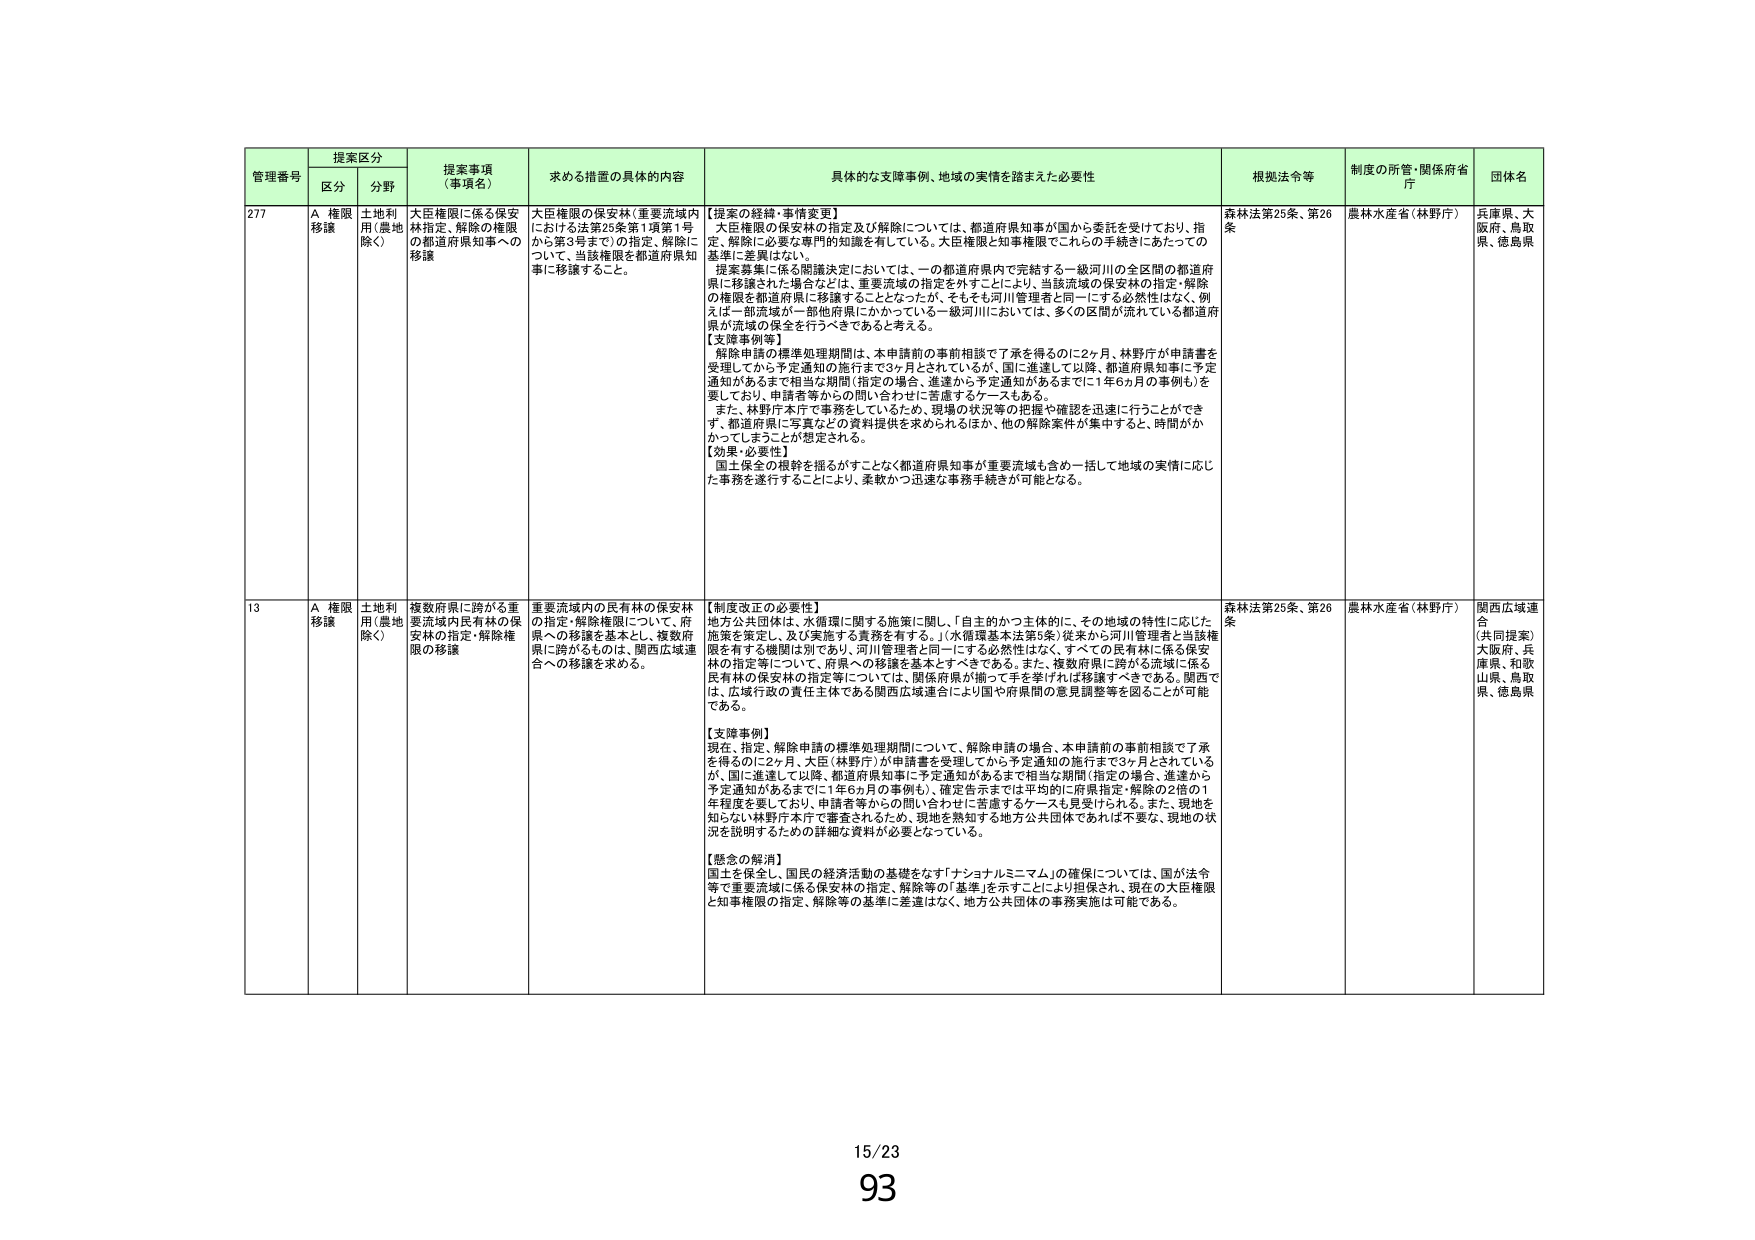
管理番号 提案区分 提案事項 （事項名） 求める措置の具体的内容 具体的な支障事例、地域の実情を踏まえた必要性 根拠法令等 制度の所管・関係府省庁 団体名
区分 分野
277 A 権限移譲 土地利用（農地除く） 大臣権限に係る保安林指定、解除の権限の都道府県知事への移譲 大臣権限の保安林（重要流域内における法第25条第1項第1号から第3号まで）の指定、解除について、当該権限を都道府県知事に移譲すること。 【提案の経緯・事情変更】 大臣権限の保安林の指定及び解除については、都道府県知事が国から委託を受けており、指定、解除に必要な専門的知識を有している。大臣権限と知事権限でこれらの手続きにあたっての基準に差異はない。 提案募集に係る審議決定においては、一部の都道府県内で完結する一級河川の全区間の都道府県に移譲された場合などは、重要流域の指定を外すことにより、当該流域の保安林の指定・解除の権限を都道府県に移譲することとなったが、そもそも河川管理者と同一にする必然性はなく、例えば一部流域が一部他府県にかかっている一級河川においては、多くの区間が流れている都道府県が流域の保全を行うべきであると考える。 【支障事例等】 解除申請の標準処理期間は、本申請前の事前相談で了承を得るのに2ヶ月、林野庁が申請書を受理してから予定通知の施行まで3ヶ月とされているが、国に進達して以降、都道府県知事に予定通知があるまでに相当な期間（指定の場合、進達から予定通知があるまでに1年6か月の事例も）を要しており、申請者等からの問い合わせに苦慮するケースもある。 また、林野庁本庁で事務をしているため、現場の状況等の把握や確認を迅速に行うことができず、都道府県に写真などの資料提供を求められるほか、他の解除案件が集中すると、時間がかかってしまうことが想定される。 【効果・必要性】 国土保全の根幹を揺るがすことなく都道府県知事が重要流域も含め一括して地域の実情に応じた事務を遂行することにより、柔軟かつ迅速な事務手続きが可能となる。 森林法第25条、第26条 農林水産省（林野庁） 兵庫県、大阪府、鳥取県、徳島県
13 A 権限移譲 土地利用（農地除く） 複数府県に跨がる重要流域内民有林の保安林の指定・解除権限の移譲 重要流域内の民有林の保安林の指定・解除権限について、府県への移譲を基本とし、複数府県に跨がるものは、関西広域連合への移譲を求める。 【制度改正の必要性】 地方公共団体は、水循環に関する施策に関し、「自主的かつ主体的に、その地域の特性に応じた施策を策定し、及び実施する責務を有する。」（水循環基本法第5条）従来から河川管理者と当該権限を有する機関は別であり、河川管理者と同一にする必然性はなく、すべての民有林に係る保安林の指定等について、府県への移譲を基本とすべきである。また、複数府県に跨がる流域に係る民有林の保安林の指定等については、関係府県が揃って手を挙げれば移譲すべきである。関西では、広域行政の責任主体である関西広域連合により国や府県間の意見調整等を図ることが可能である。 【支障事例】 現在、指定・解除申請の標準処理期間について、解除申請の場合、本申請前の事前相談で了承を得るのに2ヶ月、大臣（林野庁）が申請書を受理してから予定通知の施行まで3ヶ月とされているが、国に進達して以降、都道府県知事に予定通知があるまでに相当な期間（指定の場合、進達から予定通知があるまでに1年6か月の事例も）、確定告示までは平均的に府県指定・解除の2倍の1年程度を要しており、申請者等からの問い合わせに苦慮するケースも見受けられる。また、現地を知らない林野庁本庁で審査されるため、現地を熟知する地方公共団体であれば不要な、現地の状況を説明するための詳細な資料が必要となっている。 【懸念の解消】 国土を保全し、国民の経済活動の基礎をなす「ナショナルミニマム」の確保については、国が法令等で重要流域に係る保安林の指定、解除等の「基準」を示すことにより担保され、現在の大臣権限と知事権限の指定、解除等の基準に差違はなく、地方公共団体の事務実施は可能である。 森林法第25条、第26条 農林水産省（林野庁） 関西広域連合 （共同提案） 大阪府、兵庫県、和歌山県、鳥取県、徳島県
15/23 93